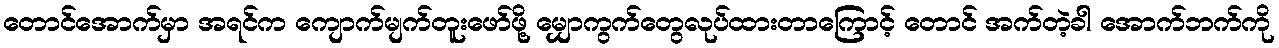
တောင်အောက်မှာ အရင်က ကျောက်မျက်တူးဖော်ဖို့ မျှောကွက်တွေလုပ်ထားတာကြောင့် တောင် အက်တဲ့ခါ အောက်ဘက်ကို